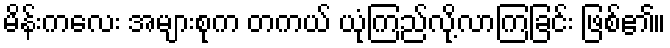
မိန်းကလေး အများစုက တကယ် ယုံကြည်လို့လာကြခြင်း ဖြစ်၏။